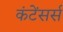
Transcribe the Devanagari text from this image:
कंटेंसर्स